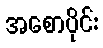
အစောပိုင်း